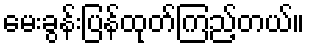
မေးခွန်းပြန်ထုတ်ကြည့်တယ်။